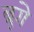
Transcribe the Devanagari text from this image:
ब्रुगे